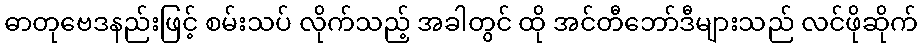
ဓာတုဗေဒနည်းဖြင့် စမ်းသပ် လိုက်သည့် အခါတွင် ထို အင်တီဘော်ဒီများသည် လင်ဖိုဆိုက်